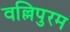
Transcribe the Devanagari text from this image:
वल्लिपुरम